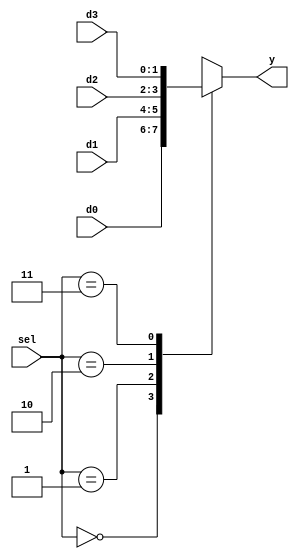
module b2_mux_4_1_case
(
    input      [1:0] d0, d1, d2, d3,
    input      [1:0] sel,
    output reg [1:0] y
);
    always @(*)
        case (sel)
        2'b00: y = d0;
        2'b01: y = d1;
        2'b10: y = d2;
        2'b11: y = d3;
        endcase
endmodule